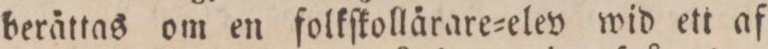
berättas om en folkſkollärare=elev wid ett af